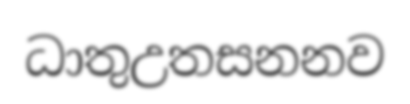
ධාතුඋතසනනව